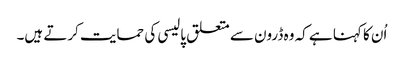
اُن کا کہنا ہے کہ وہ ڈرون سے متعلق پالیسی کی حمایت کرتے ہیں۔